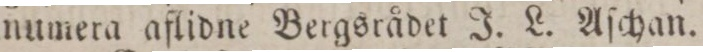
numera aflidne Bergsrådet J. L. Aſchan.